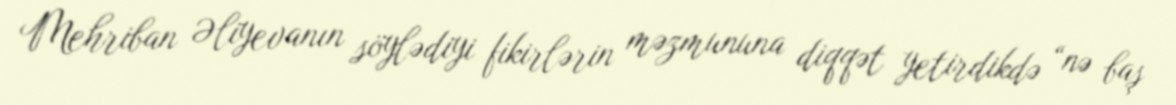
Mehriban Əliyevanın söylədiyi fikirlərin məzmununa diqqət yetirdikdə “nə baş